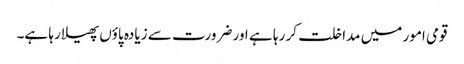
قومی امور میں مداخلت کر رہا ہے اور ضرورت سے زیادہ پاؤں پھیلا رہا ہے۔